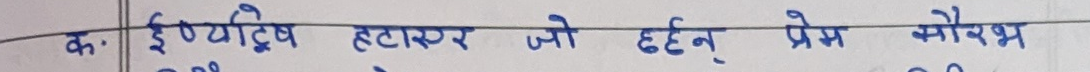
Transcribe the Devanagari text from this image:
क. ईब्यटिप हटाएर जो छहन् प्रेम कोरभ